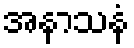
အနာသနံ